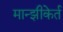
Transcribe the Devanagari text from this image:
मान्झीकेर्त